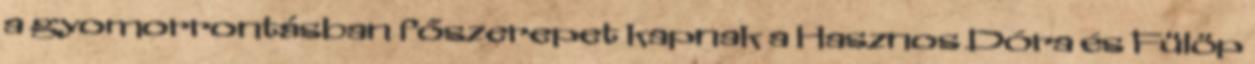
a gyomorrontásban főszerepet kapnak a Hasznos Dóra és Fülöp